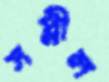
সপ্নীল